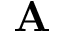
\mathbf { A }